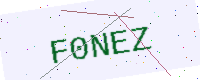
Text: F0NEZ